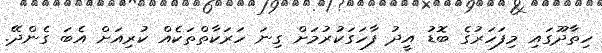
ހިތާދޫގައި މިފަހަރުގެ ބޮޑު އީދު ފާހަގަކުރުމަށް ގިނަ ހަރަކާތްތަކެއް ކުރިއަށް އެބަ ގެންދޭ.